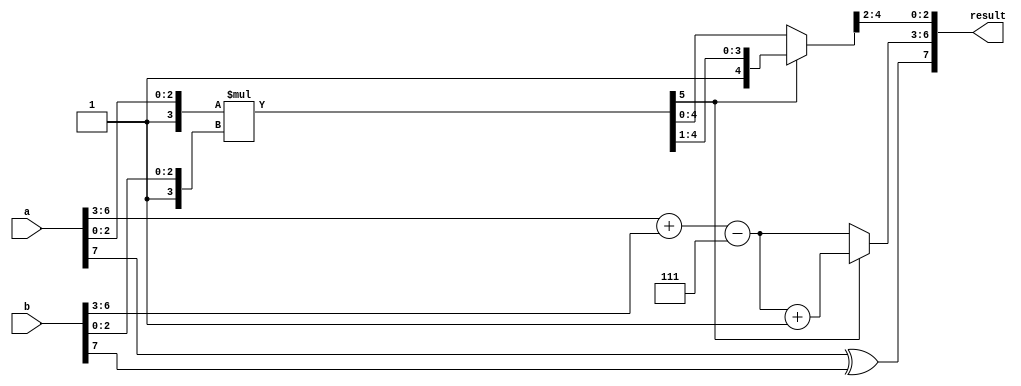
module float8_mult(
    input [7:0] a, // 8-bit float input A
    input [7:0] b, // 8-bit float input B
    output reg [7:0] result // 8-bit float result
);
    reg sign_a, sign_b, sign_r;
    reg [3:0] exp_a, exp_b, exp_r;
    reg [2:0] man_a, man_b;
    reg [5:0] mantissa_r; // To handle product of mantissas

    // Separate the components
    always @(*) begin
        sign_a = a[7];
        exp_a = a[6:3];
        man_a = a[2:0];

        sign_b = b[7];
        exp_b = b[6:3];
        man_b = b[2:0];

        sign_r = sign_a ^ sign_b;
        exp_r = exp_a + exp_b - 7;
        mantissa_r = ({1'b1, man_a} * {1'b1, man_b});

        if (mantissa_r[5]) begin
            exp_r = exp_r + 1;
            mantissa_r = mantissa_r >> 1;
        end

        result = {sign_r, exp_r, mantissa_r[4:2]};
    end
endmodule